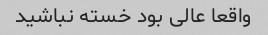
واقعا عالی بود خسته نباشید